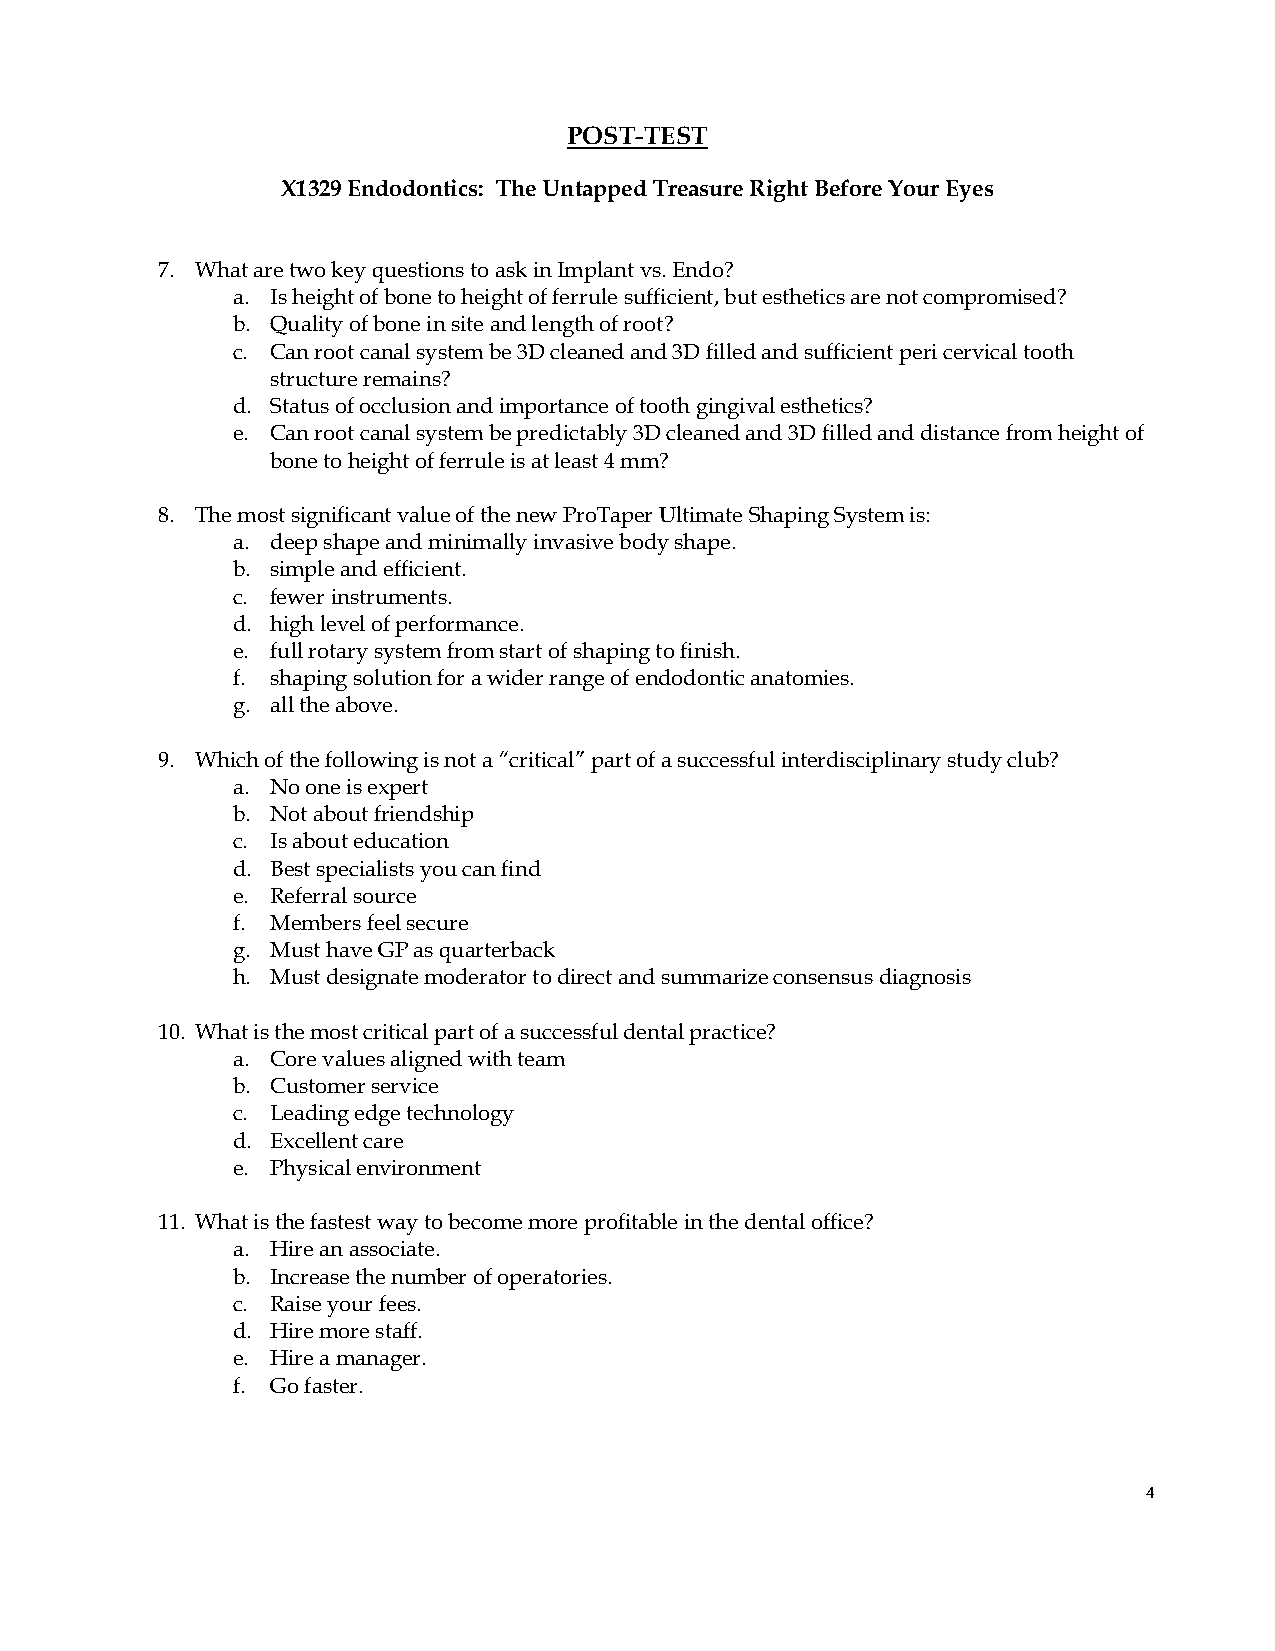
POST-TEST
 X1329 Endodontics: The Untapped Treasure Right Before Your Eyes
 7. What are two key questions to ask in Implant vs. Endo?
 a. Is height of bone to height of ferrule sufficient, but esthetics are not compromised?
 b. Quality of bone in site and length of root?
 c. Can root canal system be 3D cleaned and 3D filled and sufficient peri cervical tooth
 structure remains?
 d. Status of occlusion and importance of tooth gingival esthetics?
 e. Can root canal system be predictably 3D cleaned and 3D filled and distance from height of
 bone to height of ferrule is at least 4 mm?
 8. The most significant value of the new ProTaper Ultimate Shaping System is:
 a. deep shape and minimally invasive body shape.
 b. simple and efficient.
 c. fewer instruments.
 d. high level of performance.
 e. full rotary system from start of shaping to finish.
 f. shaping solution for a wider range of endodontic anatomies.
 g. all the above.
 9. Which of the following is not a “critical” part of a successful interdisciplinary study club?
 a. No one is expert
 b. Not about friendship
 c. Is about education
 d. Best specialists you can find
 e. Referral source
 f. Members feel secure
 g. Must have GP as quarterback
 h. Must designate moderator to direct and summarize consensus diagnosis
 10. What is the most critical part of a successful dental practice?
 a. Core values aligned with team
 b. Customer service
 c. Leading edge technology
 d. Excellent care
 e. Physical environment
 11. What is the fastest way to become more profitable in the dental office?
 a. Hire an associate.
 b. Increase the number of operatories.
 c. Raise your fees.
 d. Hire more staff.
 e. Hire a manager.
 f. Go faster.
 4